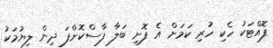
ފޮއްޓަކު ހެކި ހުރި ކަމަށް އެ ފޮށި ބަލާ ފާސްކޮށްފަ ދިން ލިޔުމަކު